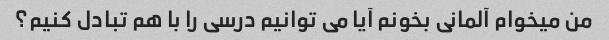
من میخوام آلمانی بخونم آیا می توانیم درسی را با هم تبادل کنیم؟